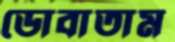
ডোবাতাম